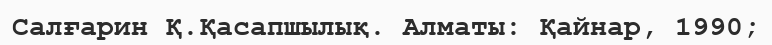
Салғарин Қ.Қасапшылық. Алматы: Қайнар, 1990;